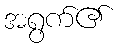
အရွက်၏